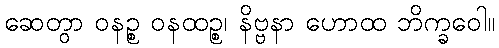
ဆေတွာ ဝနဉ္စ ဝနထဉ္စ၊ နိဗ္ဗနာ ဟောထ ဘိက္ခဝေါ။